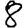
Digit: 8